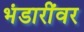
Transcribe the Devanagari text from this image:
भंडारींवर